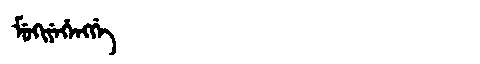
Manchu: ᠮᡠᡴᡳᠶᡝᡥᡝᠩᡤᡝ
Romanization: MUKIYEHENGGE